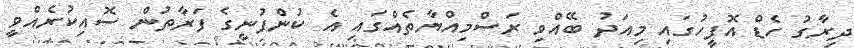
ދިރާގު ހެޑް އޮފީހުގައި މިއަދު ބޭއްވި ރަސްމިއްޔާތެއްގައި އެ ކުންފުނީގެ ފަރާތުން ސޮއިކުރެއްވީ